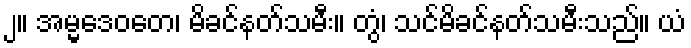
၂။ အမ္မဒေဝတေ၊ မိခင်နတ်သမီး။ တွံ၊ သင်မိခင်နတ်သမီးသည်။ ယံ